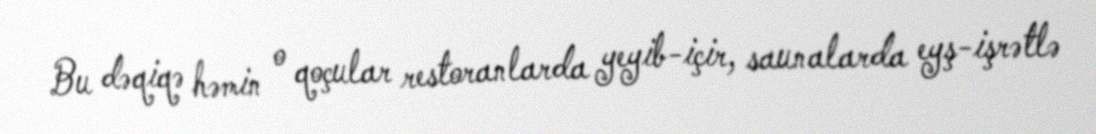
Bu dəqiqə həmin o qoçular restoranlarda yeyib-içir, saunalarda eyş-işrətlə